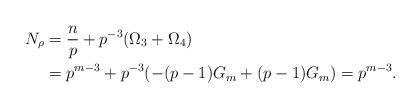
LaTeX: \begin{align*}N_{\rho}&=\frac{n}{p}+p^{-3}( \Omega_3+\Omega_4)\\& =p^{m-3}+p^{-3}(-(p-1)G_m+(p-1)G_m)=p^{m-3}.\end{align*}